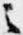
之